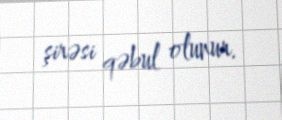
şirəsi qəbul olunur.